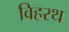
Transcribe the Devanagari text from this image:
विहरथ